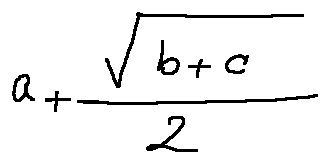
a + \frac { \sqrt { b + c } } { 2 }